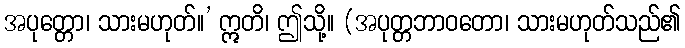
အပုတ္တော၊ သားမဟုတ်။’ ဣတိ၊ ဤသို့။ (အပုတ္တဘာဝတော၊ သားမဟုတ်သည်၏